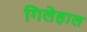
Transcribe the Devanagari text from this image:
गिलेहाल